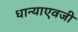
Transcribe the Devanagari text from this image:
धान्याएवजी